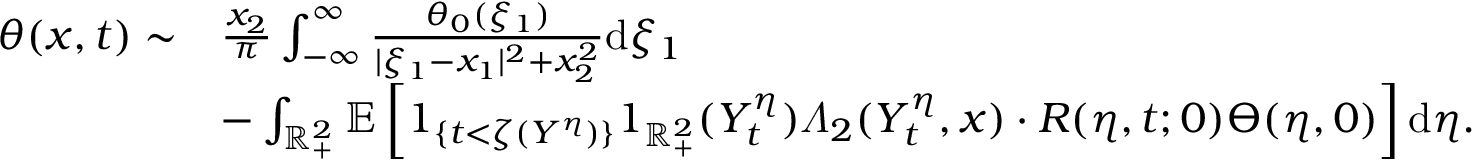
\begin{array} { r l } { \theta ( x , t ) \sim } & { \frac { x _ { 2 } } { \pi } \int _ { - \infty } ^ { \infty } \frac { \theta _ { 0 } ( \xi _ { 1 } ) } { | \xi _ { 1 } - x _ { 1 } | ^ { 2 } + x _ { 2 } ^ { 2 } } \mathrm { d } \xi _ { 1 } } \\ & { - \int _ { \mathbb { R } _ { + } ^ { 2 } } \mathbb { E } \left[ 1 _ { \{ t < \zeta ( Y ^ { \eta } ) \} } 1 _ { \mathbb { R } _ { + } ^ { 2 } } ( Y _ { t } ^ { \eta } ) \varLambda _ { 2 } ( Y _ { t } ^ { \eta } , x ) \cdot R ( \eta , t ; 0 ) \varTheta ( \eta , 0 ) \right] \mathrm { d } \eta . } \end{array}